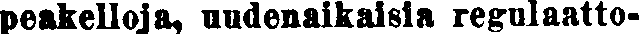
peakelloja, uudenaikaisia regulaatto-